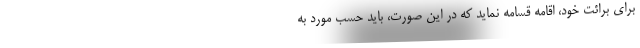
برای برائت خود، اقامه قسامه نماید که در این صورت، باید حسب مورد به